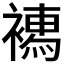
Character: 𧝄